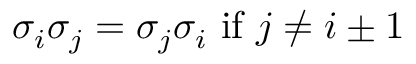
\sigma _ { i } \sigma _ { j } = \sigma _ { j } \sigma _ { i } { \mathrm { ~ i f ~ } } j \neq i \pm 1